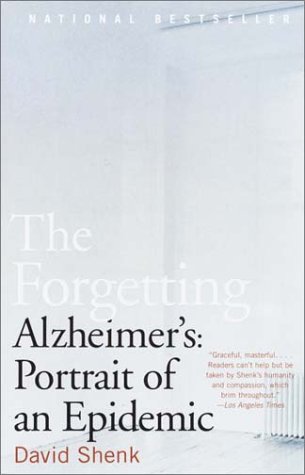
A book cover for The Forgetting: Alzheimer's: Portrait of an Epidemic; David Shenk; Health, Fitness & Dieting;